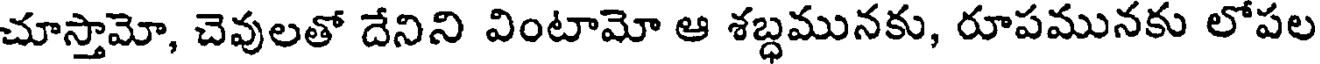
చూస్తామో, చెవులతో దేనిని వింటామో ఆ శబ్ధమునకు, రూపమునకు లోపల